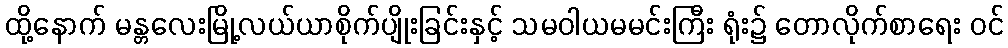
ထို့နောက် မန္တလေးမြို့လယ်ယာစိုက်ပျိုးခြင်းနှင့် သမဝါယမမင်းကြီး ရုံး၌ တောလိုက်စာရေး ဝင်